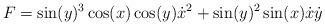
LaTeX: \begin{align*}F=\sin(y)^3\cos(x)\cos(y)\dot{x}^2+\sin(y)^2\sin(x)\dot{x}\dot{y}\end{align*}